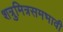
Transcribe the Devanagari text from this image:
शत्रुमित्रसमभावी